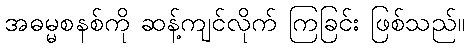
အဓမ္မစနစ်ကို ဆန့်ကျင်လိုက် ကြခြင်း ဖြစ်သည်။